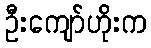
ဦးကျော်ဟိုးက